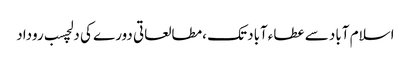
اسلام آباد سے عطاءآباد تک ،مطالعاتی دورے کی دلچسب روداد